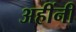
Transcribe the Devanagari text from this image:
अहींनी